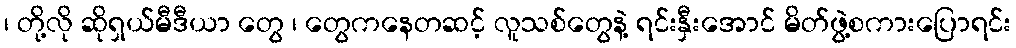
၊ တို့လို ဆိုရှယ်မီဒီယာ တွေ ၊ တွေကနေတဆင့် လူသစ်တွေနဲ့ ရင်းနှီးအောင် မိတ်ဖွဲ့စကားပြောရင်း